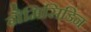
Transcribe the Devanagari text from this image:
ग्रैमिसिडिन